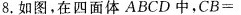
8.如图，在四面体ABCD中，$$C B =